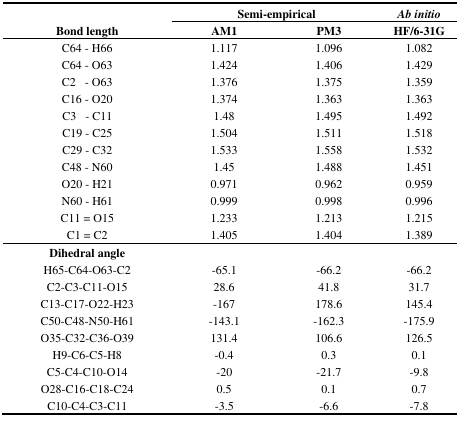
<table><thead><tr><td></td><td colspan="2"><b>Semi-empirical</b></td><td><b><i>Ab initio</i></b></td></tr><tr><td><b>Bond length</b></td><td><b>AM1</b></td><td><b>PM3</b></td><td><b>HF/6–31G</b></td></tr></thead><tbody><tr><td>C64 - H66</td><td>1.117</td><td>1.096</td><td>1.082</td></tr><tr><td>C64 - O63</td><td>1.424</td><td>1.406</td><td>1.429</td></tr><tr><td>C2 - O63</td><td>1.376</td><td>1.375</td><td>1.359</td></tr><tr><td>C16 - O20</td><td>1.374</td><td>1.363</td><td>1.363</td></tr><tr><td>C3 - C11</td><td>1.48</td><td>1.495</td><td>1.492</td></tr><tr><td>C19 - C25</td><td>1.504</td><td>1.511</td><td>1.518</td></tr><tr><td>C29 - C32</td><td>1.533</td><td>1.558</td><td>1.532</td></tr><tr><td>C48 - N60</td><td>1.45</td><td>1.488</td><td>1.451</td></tr><tr><td>O20 - H21</td><td>0.971</td><td>0.962</td><td>0.959</td></tr><tr><td>N60 - H61</td><td>0.999</td><td>0.998</td><td>0.996</td></tr><tr><td>C11 = O15</td><td>1.233</td><td>1.213</td><td>1.215</td></tr><tr><td>C1 = C2</td><td>1.405</td><td>1.404</td><td>1.389</td></tr><tr><td><b>Dihedral angle</b></td><td></td><td></td><td></td></tr><tr><td>H65-C64-O63-C2</td><td>–65.1</td><td>–66.2</td><td>–66.2</td></tr><tr><td>C2-C3-C11-O15</td><td>28.6</td><td>41.8</td><td>31.7</td></tr><tr><td>C13-C17-O22-H23</td><td>–167</td><td>178.6</td><td>145.4</td></tr><tr><td>C50-C48-N50-H61</td><td>–143.1</td><td>–162.3</td><td>–175.9</td></tr><tr><td>O35-C32-C36-O39</td><td>131.4</td><td>106.6</td><td>126.5</td></tr><tr><td>H9-C6-C5-H8</td><td>–0.4</td><td>0.3</td><td>0.1</td></tr><tr><td>C5-C4-C10-O14</td><td>–20</td><td>–21.7</td><td>–9.8</td></tr><tr><td>O28-C16-C18-C24</td><td>0.5</td><td>0.1</td><td>0.7</td></tr><tr><td>C10-C4-C3-C11</td><td>–3.5</td><td>–6.6</td><td>–7.8</td></tr></tbody></table>